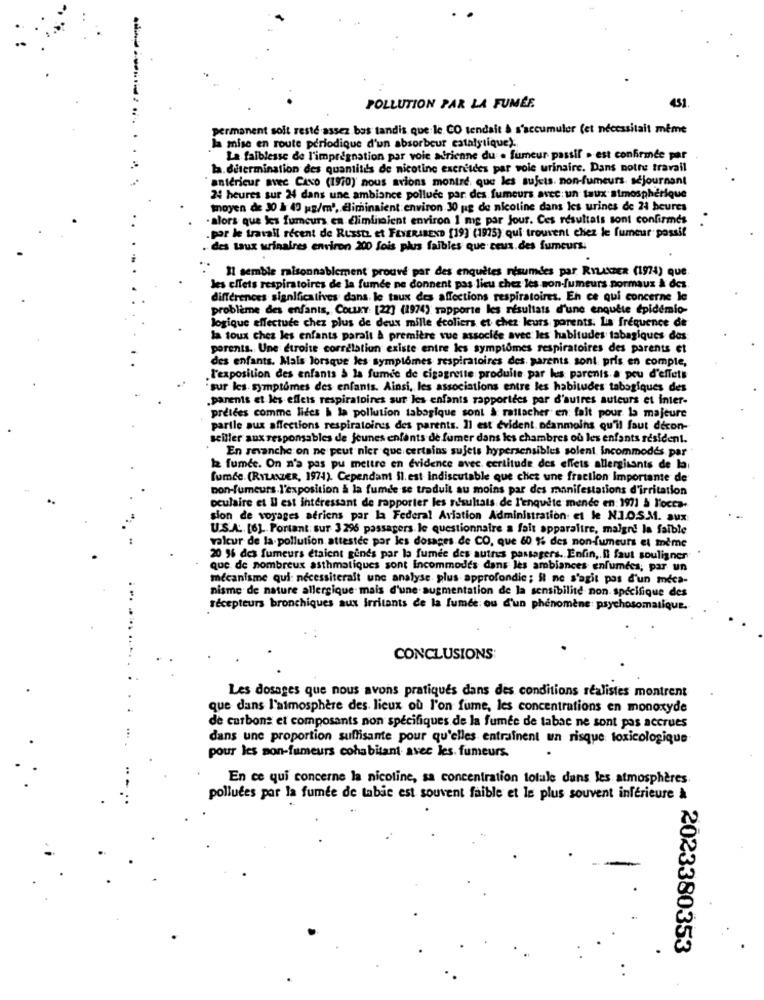
431
POLLUTION PAR LA FUMÉE.
permanent solt resté assez bas tandis que le CO tendait à s'accumuler (et necessitait même
la mise en route périodique d'un absorbeur catalytique).
La faiblesse de l'impregnation par voie adrienne du . fumeur passif . est confirmée par
la. détermination des quantités de nicotine excretdes par voie urinaire. Dans notre travail
antérieur avec CANO (1970)' nous avions montré, que les sujets. non-fumeurs séjournant
24 heures sur 24 dans une ambiance polluce par des fumeurs avec un taux atmosphérique
moyen de 30 à 40 g/m', eliminaient: environ 30 pag de nicotine dans les urines de 24 heures
.alors que les fumeurs en Eliminaient environ 1 mg par Jour. Ces résultats sont confirmes .
par le travail recent de Russt et FEYERABEND [19] (1975) qui trouvent chez le fumeur passif
. des taux urinaires environ 200 fois plus faibles que ceus.des fumeurs.
Il semble raisonnablement prouvé par des enquêtes nisumdes par RYLANDER (1974) que.
les effets respiratoires de la fumée ne donnent pas licu chez les non-fumeurs normaux à des.
differences significatives dans le taux des affections respiratoires. En ce qui concerne le
problème des enfants, Couxy: [22] (1974) rapporte les résultats d'une enquête épidémio-
logique effectude chez plus de deux mille écoliers et chez leurs parents: La fréquence de
la toux chez les enfants paralt & première vue associée avec les habitudes tabagiques des
parents. Une étroite corrélation existe entre les symptômes respiratoires des parents et
des enfants. Mais lorsque les symptômes respiratoires des. parents sont pris en compte,
. l'exposition des enfants à la fumée de cigagrette produite par les parents a peu d'effets
sur les symptômes des enfants. Ainsi, les associations entre les habitudes tabagiques des
parents et les effets respiratoires sur les enfants rapportdes par d'autres auteurs et inter-
pretees comme lides & la pollution tabagique sont & rattacher en fait pour la majeure
parile aux affections respiratoires des parents. Il est evident néanmoins qu'il faut decon-
seiller aux responsables de Jeunes enfants de fumer dans les chambres où les enfants résident.
En revanche on ne peut nier que certains sujets hypersensibles solent incommodes par
la fumée. On n'a pas pu mettre en évidence avec certitude des effets allergisants de la
fumée (RYLANDER, 1974). Cependant il est indiscutable que chet une fraction importante de
non-fumeurs.l'exposition & la fumde se traduit au moins par des manifestations d'irritation
oculaire et Il est intéressant de rapporter les résultats de l'enquite mende en: 1971 à l'occa-
sion de voyages aériens por la Federal Aviation Administration et le NJ.O.S.M. aux
U.S.A. [6] .. Portant sur 3 296 passagers le questionnaire a fait apparaître, malgr! la faible
valeur de la pollution attestec par les dosages de CO, que 60 %% des non-fumeurs et même
20 96 des fumeurs étaient gênés par la fumée des autres passagers. Enfin ,. i faut souligner
que de nombreux asthmatiques sont Incommodes dans les ambiances enfumées; par un
mécanisme qui: nécessiteralt une analyse, plus approfondie; il ne s'agit pas d'un méca-
nisme de nature allergique mais d'une-augmentation de la sensibilité non spécifique des
récepteurs bronchiques aux Irritants de la fumée ou d'un phénomène: psychosomatique.
CONCLUSIONS:
Les dosages que nous avons pratiques dans des conditions réalistes montrent
que dans l'atmosphère des lieux où l'on fume, les concentrations en monoxyde
de curbons et composants non spécifiques de la fumée de tabac ne sont pas accrues
dans une proportion suffisante pour qu'elles entraînent un risque toxicologique
pour les non-fumeurs cohabitant avec les fumeurs.
En ce qui concerne la nicotine, sa concentration totale dans les atmosphères.
polluées par la fumée de tabie est souvent faible et le plus souvent inférieure à
2023380353